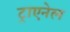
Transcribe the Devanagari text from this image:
ट्राएनेल